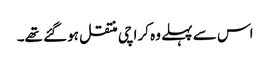
اس سے پہلے وہ کراچی منتقل ہوگئے تھے۔